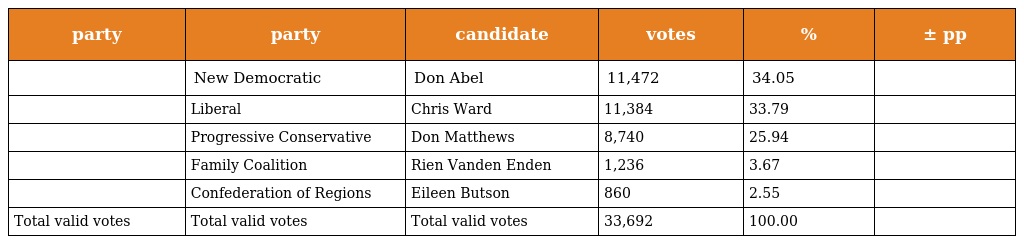
| party | party | candidate | votes | % | ± pp |
 | --- | --- | --- | --- | --- | --- |
 |  | New Democratic | Don Abel | 11,472 | 34.05 |  |
 |  | Liberal | Chris Ward | 11,384 | 33.79 |  |
 |  | Progressive Conservative | Don Matthews | 8,740 | 25.94 |  |
 |  | Family Coalition | Rien Vanden Enden | 1,236 | 3.67 |  |
 |  | Confederation of Regions | Eileen Butson | 860 | 2.55 |  |
 | Total valid votes | Total valid votes | Total valid votes | 33,692 | 100.00 |  |